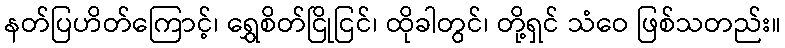
နတ်ပြဟိတ်ကြောင့်၊ ရွှေစိတ်ငြိုငြင်၊ ထိုခါတွင်၊ တို့ရှင် သံဝေ ဖြစ်သတည်း။